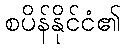
စပိန်နိုင်ငံ၏